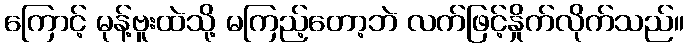
ကြောင့် မုန့်ဗူးထဲသို့ မကြည့်တော့ဘဲ လက်ဖြင့်နှိုက်လိုက်သည်။